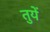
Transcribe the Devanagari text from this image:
तुयें